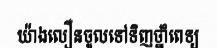
យ៉ាងលឿនចូលទៅទិញថ្នាំពេទ្យ